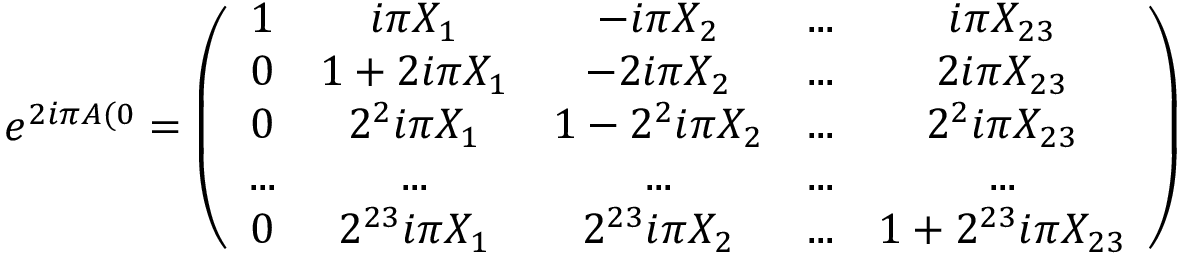
e ^ { 2 i \pi A ( 0 } = \left( \begin{array} { c c c c c } { { 1 } } & { { i \pi X _ { 1 } } } & { { - i \pi X _ { 2 } } } & { { . . . } } & { { i \pi X _ { 2 3 } } } \\ { { 0 } } & { { 1 + 2 i \pi X _ { 1 } } } & { { - 2 i \pi X _ { 2 } } } & { { . . . } } & { { 2 i \pi X _ { 2 3 } } } \\ { { 0 } } & { { 2 ^ { 2 } i \pi X _ { 1 } } } & { { 1 - 2 ^ { 2 } i \pi X _ { 2 } } } & { { . . . } } & { { 2 ^ { 2 } i \pi X _ { 2 3 } } } \\ { { . . . } } & { { . . . } } & { { . . . } } & { { . . . } } & { { . . . } } \\ { { 0 } } & { { 2 ^ { 2 3 } i \pi X _ { 1 } } } & { { 2 ^ { 2 3 } i \pi X _ { 2 } } } & { { . . . } } & { { 1 + 2 ^ { 2 3 } i \pi X _ { 2 3 } } } \end{array} \right)